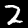
Label: 2